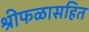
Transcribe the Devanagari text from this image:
श्रीफळासहित